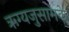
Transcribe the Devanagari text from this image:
ऋग्यजुसामके